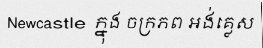
Newcastle ក្នុង ចក្រភព អង់គ្លេស